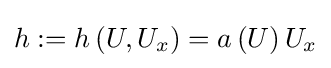
h:=h\left(U,U_{x}\right)=a\left(U\right)U_{x}